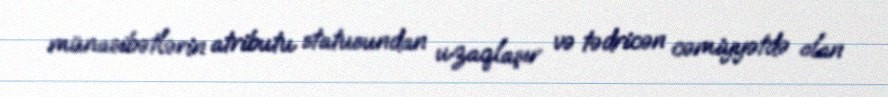
münasibətlərin atributu statusundan uzaqlaşır və tədricən cəmiyyətdə olan